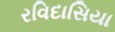
રવિદાસિયા